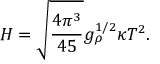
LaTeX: H = \sqrt { { \frac { 4 \pi ^ { 3 } } { 4 5 } } } g _ { \rho } ^ { 1 / 2 } \kappa T ^ { 2 } .